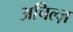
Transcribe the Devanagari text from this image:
अचिल्ज़